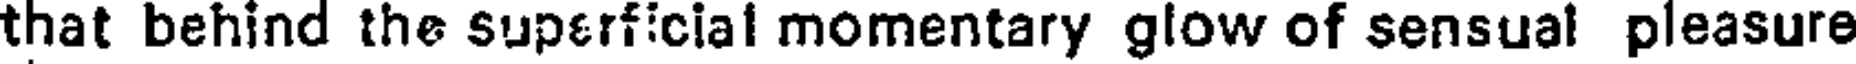
that behind the superficial momentary glow of sensual pleasure